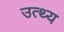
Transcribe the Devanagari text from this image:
उत्थ्य